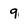
Character: 9